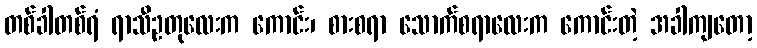
တစ်ခါတစ်ရံ ရာသီဥတုလေးက ကောင်း၊ စားစရာ သောက်စရာလေးက ကောင်းတဲ့ အခါကျတော့